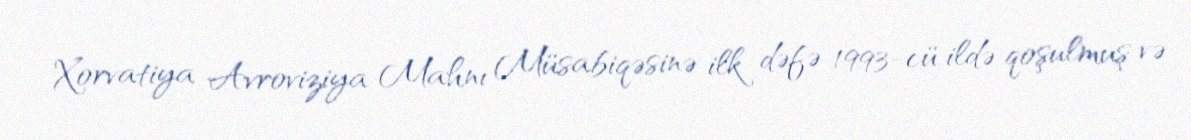
Xorvatiya Avroviziya Mahnı Müsabiqəsinə ilk dəfə 1993-cü ildə qoşulmuş və